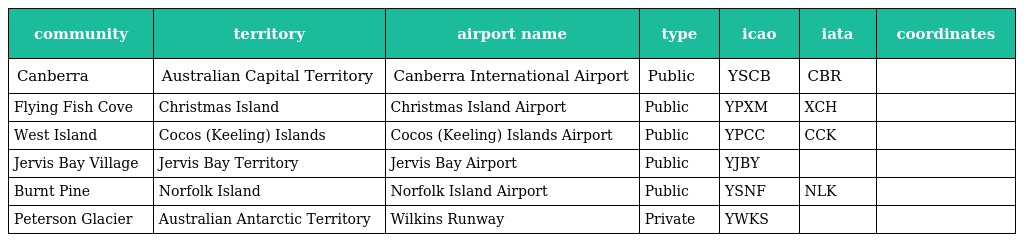
| community | territory | airport name | type | icao | iata | coordinates |
 | --- | --- | --- | --- | --- | --- | --- |
 | Canberra | Australian Capital Territory | Canberra International Airport | Public | YSCB | CBR |  |
 | Flying Fish Cove | Christmas Island | Christmas Island Airport | Public | YPXM | XCH |  |
 | West Island | Cocos (Keeling) Islands | Cocos (Keeling) Islands Airport | Public | YPCC | CCK |  |
 | Jervis Bay Village | Jervis Bay Territory | Jervis Bay Airport | Public | YJBY |  |  |
 | Burnt Pine | Norfolk Island | Norfolk Island Airport | Public | YSNF | NLK |  |
 | Peterson Glacier | Australian Antarctic Territory | Wilkins Runway | Private | YWKS |  |  |